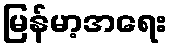
မြန်မာ့အရေး